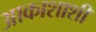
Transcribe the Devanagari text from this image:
आकाशाशी